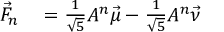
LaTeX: \begin{array} { r l } { { \vec { F } } _ { n } } & { { } = { \frac { 1 } { \sqrt { 5 } } } A ^ { n } { \vec { \mu } } - { \frac { 1 } { \sqrt { 5 } } } A ^ { n } { \vec { \nu } } } \end{array}